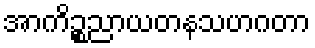
အာကိဉ္စညာယတနသဟဂတာ